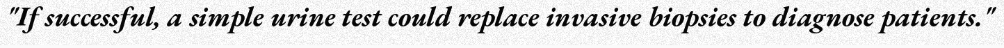
"If successful, a simple urine test could replace invasive biopsies to diagnose patients."